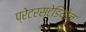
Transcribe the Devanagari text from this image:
प्रेटरस्टेडियोन